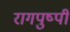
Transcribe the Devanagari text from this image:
रागपुष्पी